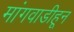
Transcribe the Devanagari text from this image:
मांगवाडीहून